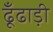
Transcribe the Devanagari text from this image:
ढूँढाड़ी